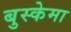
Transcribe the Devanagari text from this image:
बुस्केमा